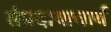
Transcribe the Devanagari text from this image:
संप्रदायाचार्य